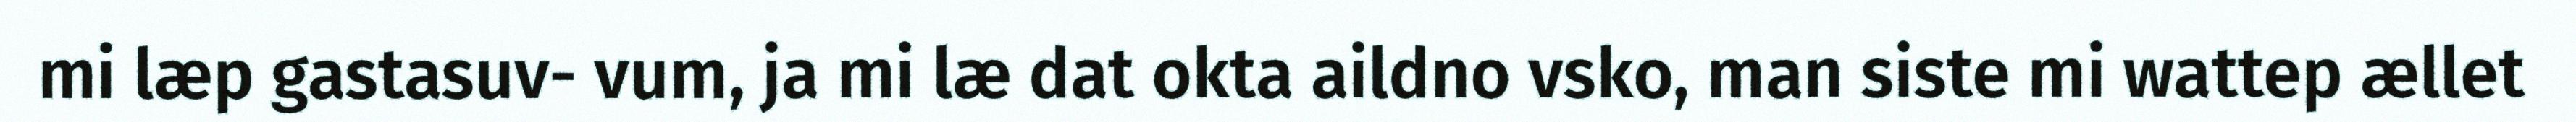
mi læp gastasuv- vum, ja mi læ dat okta aildno vsko, man siste mi wattep ællet